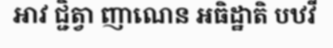
ឤវ ជ្ជិត្វា ញាណេន អធិដ្ឋាតិ បឋវី